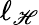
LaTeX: \ell_{\mathscr{H}}